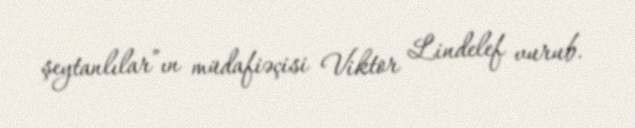
şeytanlılar”ın müdafiəçisi Viktor Lindelef vurub.